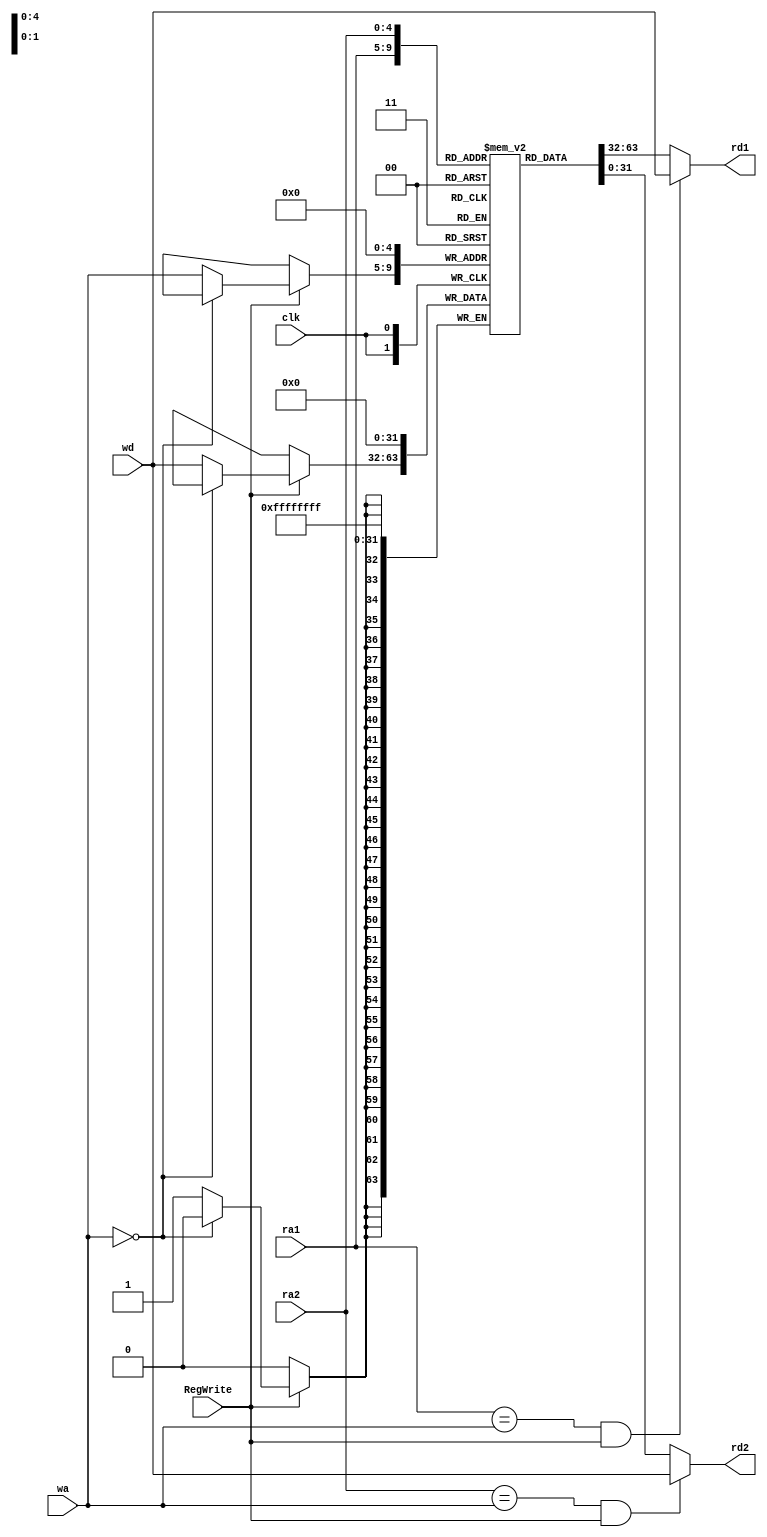
`timescale 1ns / 1ps
//////////////////////////////////////////////////////////////////////////////////
// Company: 
// Engineer: 
// 
// Design Name: 
// Module Name: Register_File
// Project Name: 
// Target Devices: 
// Tool Versions: 
// Description: 
// 
// Dependencies: 
// 
// Revision:
// Revision 0.01 - File Created
// Additional Comments:
// 
//////////////////////////////////////////////////////////////////////////////////


module Register_File
    #(parameter WIDTH=32)
   (
    input clk,                 //clock
    input [4:0] ra1,           //0
    output [WIDTH-1:0] rd1,    //0
    input [4:0] ra2,           //1
    output [WIDTH-1:0] rd2,   //1
    input [4:0] wa,           //
    input RegWrite,                 //
    input [WIDTH-1:0] wd      //
    );    // 
    
    reg [WIDTH-1:0] register[31:0];
    initial begin //00
      register[0]=0;register[1]=0;register[2]=0;register[3]=0;register[4]=0;register[5]=0;register[6]=0;register[7]=0;
      register[8]=0;register[9]=0;register[10]=0;register[11]=0;register[12]=0;register[13]=0;register[14]=0;register[15]=0;
      register[16]=0;register[17]=0;register[18]=0;register[19]=0;register[20]=0;register[21]=0;register[22]=0;register[23]=0;
      register[24]=0;register[25]=0;register[26]=0;register[27]=0;register[28]=0;register[29]=0;register[30]=0;register[31]=0;
    end
    
    
     always @(posedge clk)begin
        register[0]<=0;  
        if(RegWrite)begin
            if(wa==0) ; //0
            else register [wa] <= wd;
        end
    end
    
    //
    assign rd1 = (((ra1==wa)&&(RegWrite))? wd:register[ra1]);
    assign rd2 = (((ra2==wa)&&(RegWrite))? wd:register[ra2]);
    
endmodule